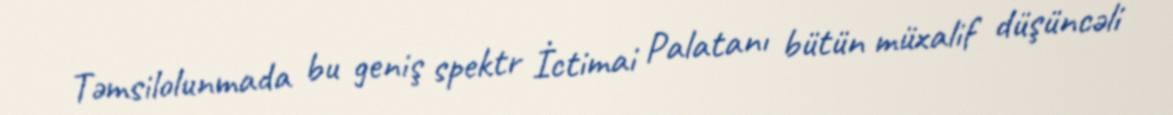
Təmsilolunmada bu geniş spektr İctimai Palatanı bütün müxalif düşüncəli